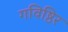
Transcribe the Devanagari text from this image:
गविष्ठिर